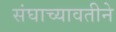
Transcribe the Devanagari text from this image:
संघाच्यावतीने